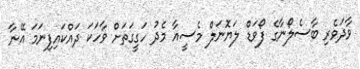
ވާދަވެރި ބާސެލޯނާގެ ފޯވަޑް ލަޔޮނަލް މެސީއާ މެދު ހަގީގަތަށް ވާހަކަ ދައްކައިފިނަމަ އޭނާ